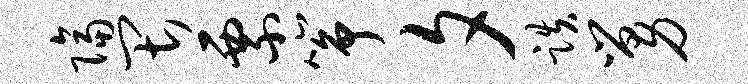
隔畏票筝夕跌舅